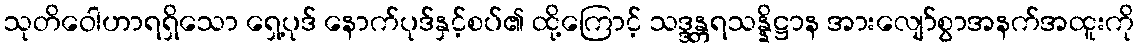
သုတိဝေါဟာရရှိသော ရှေ့ပုဒ် နောက်ပုဒ်နှင့်စပ်၏ ထို့ကြောင့် သဒ္ဒန္တရသန္နိဋ္ဌာန အားလျော်စွာအနက်အထူးကို